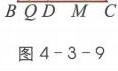
\(B\quad Q\quad D\quad M\quad C\)
图4 - 3 - 9